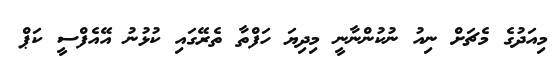
މިއަދުގެ މެޗަށް ނިއު ނުކުންނާނީ މިދިޔަ ހަފްތާ ތެރޭގައި ކުޅުނު އޭއެފްސީ ކަޕް